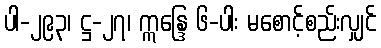
ပါ-၂၉၃၊ ဋ္ဌ-၂၇၊ ဣန္ဒြေ ၆-ပါး မစောင့်စည်းလျှင်